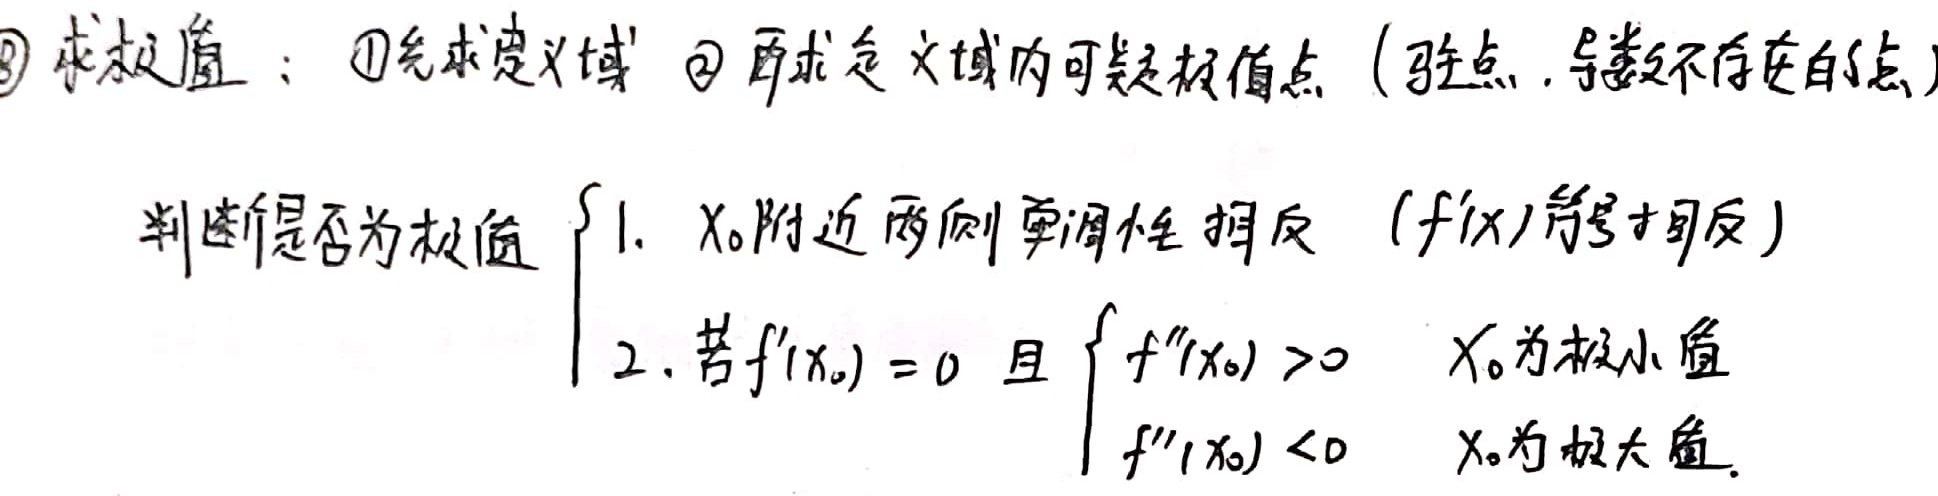
\textcircled{3} 求极值：\textcircled{1} 先求定义域 \textcircled{2} 再求定义域内可疑极值点（驻点，导数不存在的点）判断是否为极值
\[
\begin{cases}
1. \text{ $x_0$附近两侧单调性相反（$f'(x)$ 符号相反）}\\
2. \text{ 若 }f'(x_0)=0 \text{ 且 }
\begin{cases}
f''(x_0)>0 & \text{ $x_0$ 为极小值}\\
f''(x_0)<0 & \text{ $x_0$ 为极大值}
\end{cases}
\end{cases}
\]